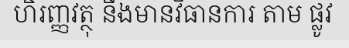
ហិរញ្ញវត្ថុ នឹងមានវិធានការ តាម ផ្លូវ